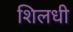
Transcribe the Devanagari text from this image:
शिलधी